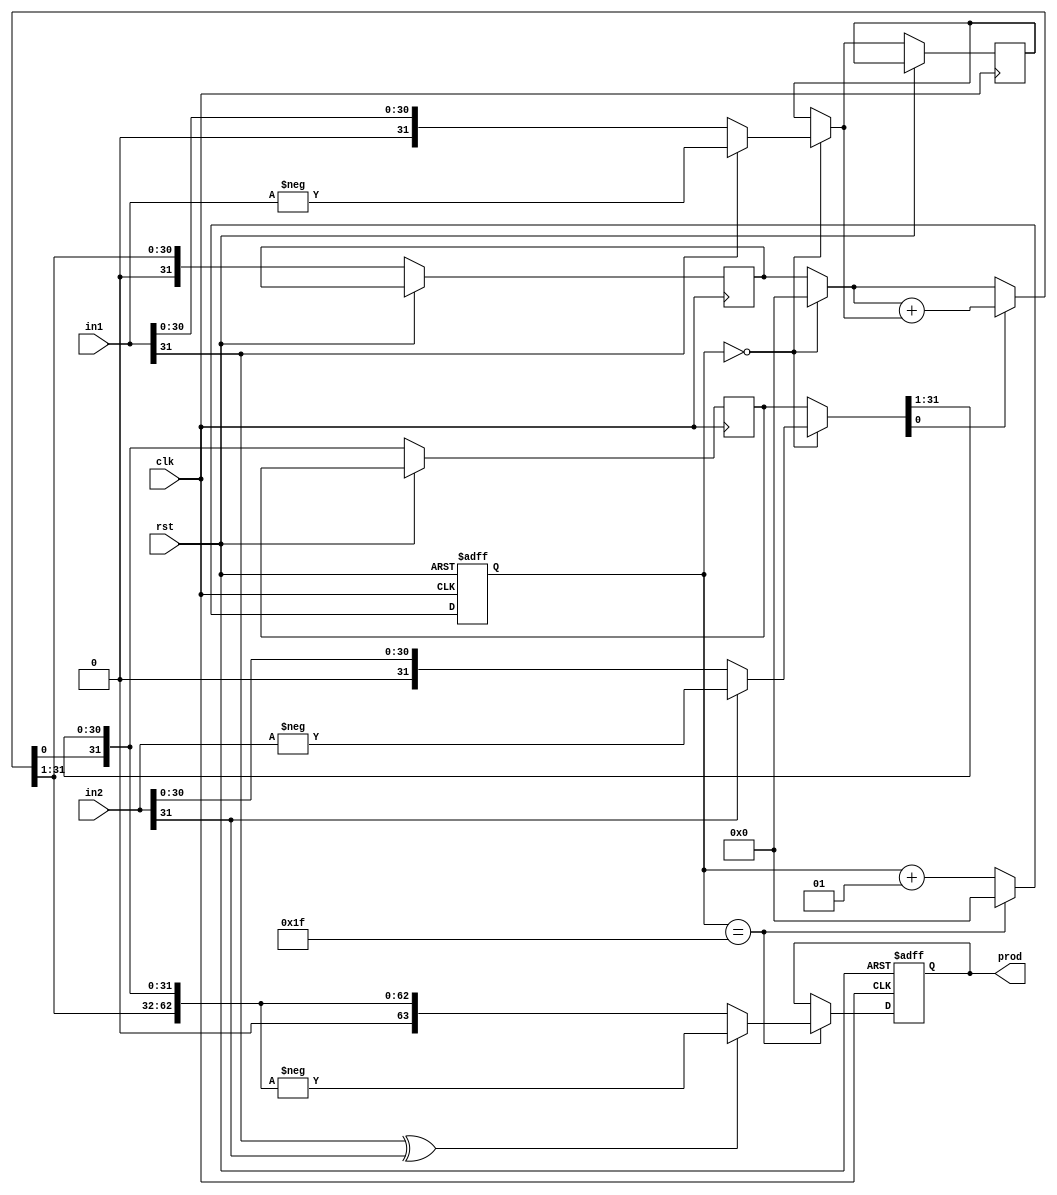
// in1 sequential 32 bits multiplier
module sequential_multiplier (
    clk,
    rst,
    in1,
    in2,
    prod
);
  input clk, rst;
  input signed [31:0] in1, in2;
  output reg [63:0] prod;

  wire start, sign;
  integer counter;

  assign start = (counter == 0);
  assign sign  = in1[31] ^ in2[31];

  reg [31:0] multiplicand, multiplier, Accumulator;

  always @(posedge clk, posedge rst) begin
    if (rst) begin
      counter = 0;
      prod = 0;
    end else begin
      if (start) begin
        multiplicand = in1;
        if (in1[31]) multiplicand = -in1;

        multiplier = in2;
        if (in2[31]) multiplier = -in2;

        Accumulator = 0;
      end

      if (multiplier[0]) Accumulator = Accumulator + multiplicand;
      else Accumulator = Accumulator;

      {Accumulator, multiplier} = {Accumulator, multiplier} >> 1;

      if (counter == 31) begin
        counter = 0;
        prod = {Accumulator, multiplier};
        if (sign) prod = -prod;
      end else counter = counter + 1;
    end
  end

endmodule